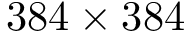
3 8 4 \times 3 8 4